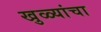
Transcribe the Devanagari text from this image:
खुळ्यांचा